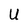
Character: U